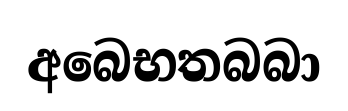
අබෙභතබබා